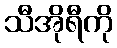
သီအိုရီကို